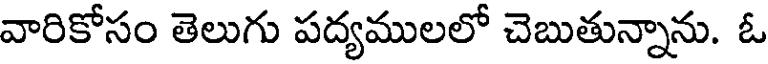
వారికోసం తెలుగు పద్యములలో చెబుతున్నాను. ఓ